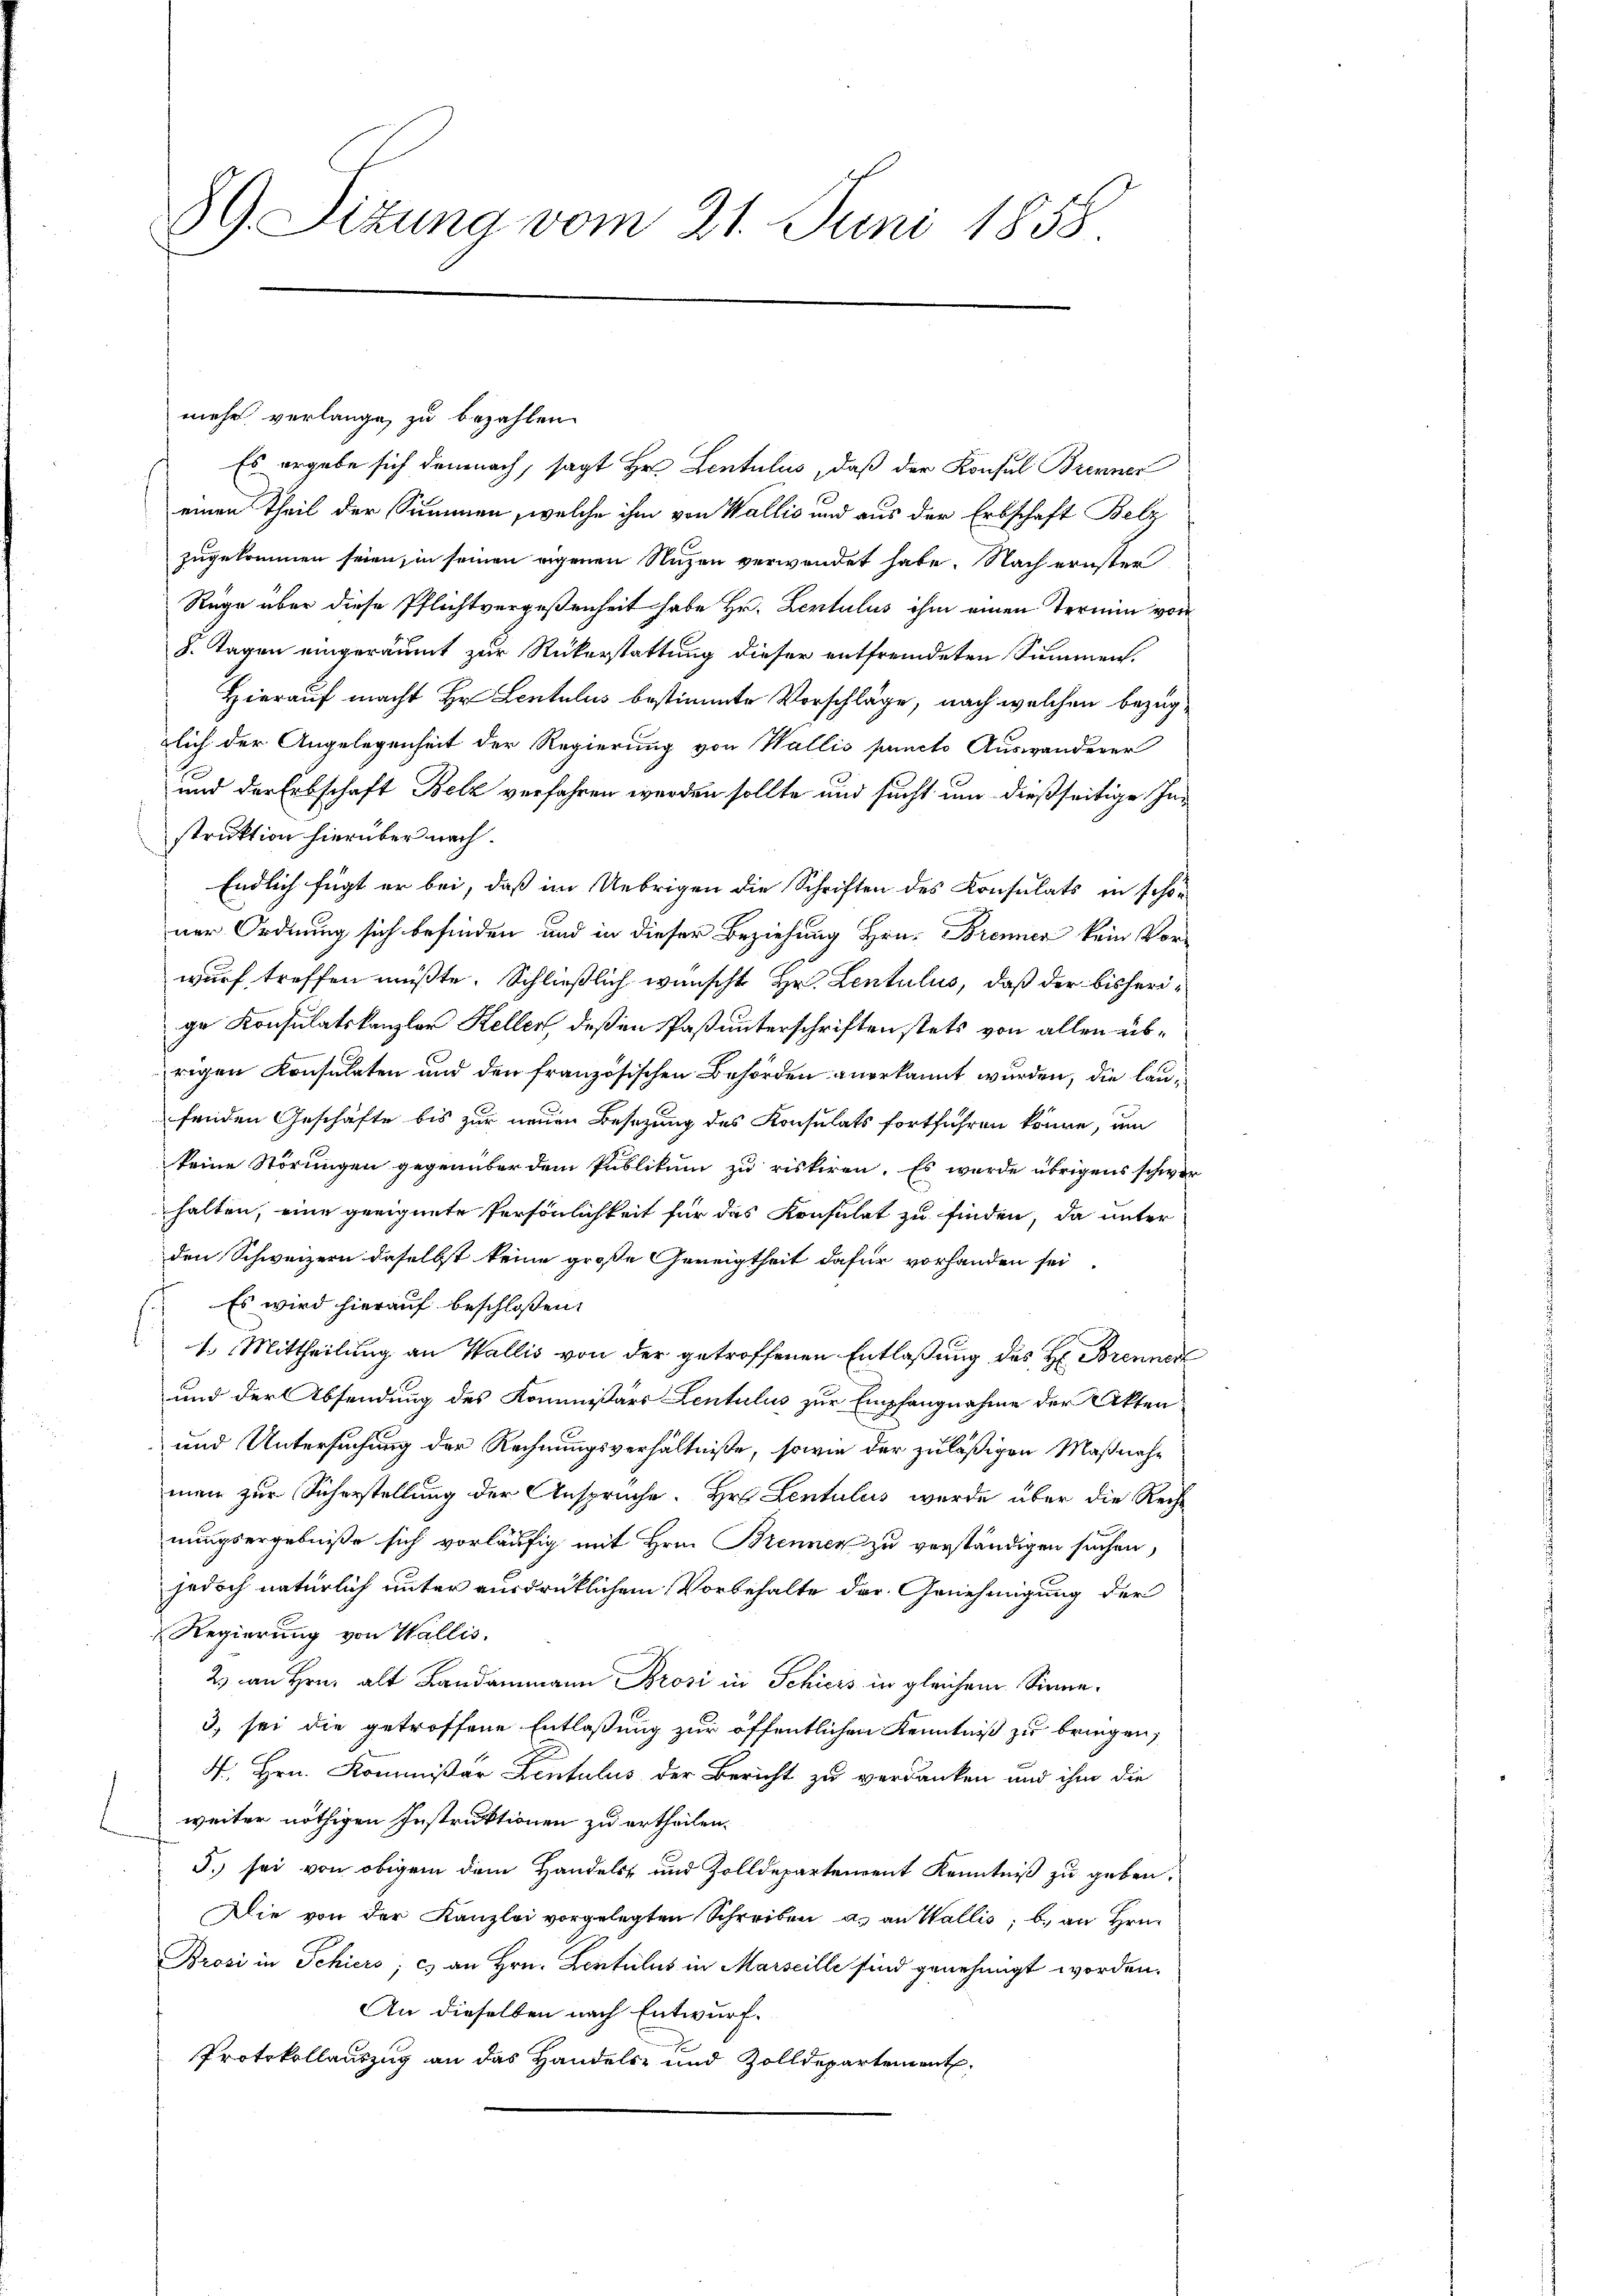
89. Sitzung vom 21. Juni 1858.

mehr verlange, zu bezahlen.
Es ergebe sich demnach, sagt Hr. Lentulii, daß der Konsul Brenner
s
einen Theil der Summen, welche ihm von Wallis und aus der Erbschaft Belz
zugekommen seien, in seinen eigenen Nuzen verwendet habe. Nach ernster
Rüge über diese Pflichtvergeßenheit habe Hr. Lentulus ihm einen Termin von
8. Tagen eingeräumt zur Rückerstattung dieser entfremdeten Summen.
Hierauf macht Hr. Lentulus bestimmte Vorschläge, nach welchen bezuglich der Angelegenheit der Regierung von Wallis pacto Auswanderer
und der Erbschaft Belz verfahren werden sollte und sucht um dießseitige Instruktion hierüber nach.
Endlich fügt er bei, daß im Uebrigen die Schriften des Konsulats in schoner Ordnung sich befinden und in dieser Beziehung Hrn. Brennen kein Vor-
wurf treffen müßte. Schließlich wünscht Hr. Lentulus, daß der bisherige Konsulatskanzler Heller deßen Paß unterschriften stets von allen übrigen Konsulaten und den französischen Behörden anerkannt wurden, die laufenden Geschäfte bis zur neuen Besizung des Konsulats fortführen könne, um
keine Störungen gegenüber dem Publikum zu riskiren. Es wurde übrigens schwer
halten, eine geeignete Persönlichkeit für das Konsulat zu finden, da unter
den Schweizern daselbst keine große Geneigtheit dafür vorhanden sei.
Es wird hierauf beschloßen:
1. Mittheilung an Wallis von der getroffenen Entlaßung des H. Brennen
und der Absendung des Kommißärs Lentulus zur Empfangnahme der Akten
und Untersuchung der Rechnungsverhältniße, sowie der zuläßigen Maßnahe
men zur Sicherstellung der Anspruche. Hr. Lentulus wurde über die Rechnungsergebniße sich vorläufig mit Hrn. Brennen zu verständigen suchen,
jedoch natürlich unter ausdrücklichem Vorbehalte der Genehmigung der
Regierung von Wallis.
2) an Hrn. alt Landammann Brosi in Schiers in gleichem Sinne.
3) sei die getroffene Entlaßung zur öffentlichen Kenntniß zu bringen;
4. Hrn. Kommißar Kentulus der Bericht zu verdanken und ihm die
weiter nöthigen Instruktionen zu ertheilen.
5. sei von obigem dem Handels- und Zolldepartenrent Kenntniß zu geben.
Die von der Kanzlei vorgelegten Schreiben a. an Wallis, b. an Hrn.
Brosi in Schiers; c) an Hrn. Lentilus in Marseille sind genehmigt worden.
An dieselben nach Entwurf.
Protokollauszug an das Handels- und Zolldepartement